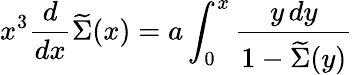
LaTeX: x^{3}{\frac{d}{dx}}\widetilde\Sigma(x)=a\int_{0}^{x}{\frac{y\, dy}{1-\widetilde\Sigma(y)}}